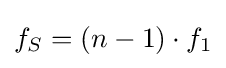
f_{S}=(n-1)\cdot f_{1}